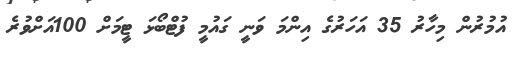
އުމުރުން މިހާރު 35 އަހަރުގެ އިންމަ ވަނީ ގައުމީ ފުޓްބޯޅަ ޓީމަށް 100އަށްވުރެ